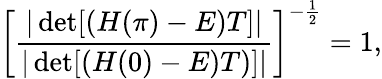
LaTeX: \left[\frac{|\operatorname*{det}[(H(\pi)-E)T]|}{|\operatorname*{det}[(H(0)-E)T)]|}\right]^{-\frac{1}{2}}=1,